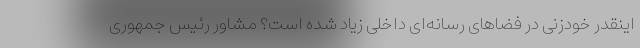
اینقدر خودزنی در فضاهای رسانه‌ای داخلی زیاد شده است؟ مشاور رئیس جمهوری